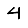
Digit: 4